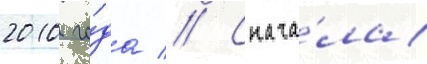
2010 го́да // Снача́ла